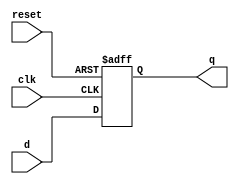
module edge_triggered_latch (
    input wire clk,
    input wire reset,
    input wire d,
    output reg q
);

always @(posedge clk or negedge reset) begin
    if (reset == 0) begin
        q <= 1'b0;
    end else begin
        q <= d;
    end
end

endmodule